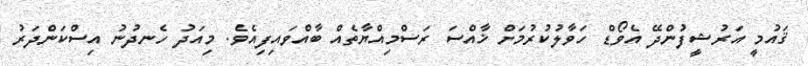
ޤައުމީ އަރުޝީފުންދޭ އެވޯޑް ހަވާލުކުރުމަށް ޚާއްސަ ރަސްމިއްޔާތެއް ބާއްވައިފިއެވެ. މިއަދު ހެނދުނު އިސްކަންދަރު